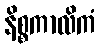
နိစ္စကာလိကံ